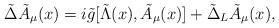
LaTeX: \begin{align*}{\tilde \Delta}{\tilde A}_\mu(x) = i{\tilde g} [{\tilde \Lambda}(x), {\tilde A}_\mu(x)] + {\tilde \Delta}_L {\tilde A}_\mu(x),\end{align*}